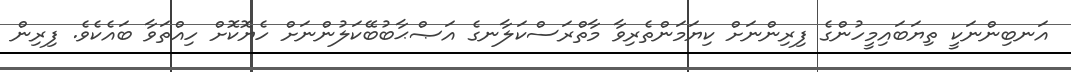
އަނބިންނަކީ ތިޔަބައިމީހުންގެ ފިރިންނަށް ކިޔަމަންތެރިވާ މާތްރަސްކަލާނގެ އަޞްޙާބުބޭކަލުންނަށް ހެޔޮކޮށް ހިއްތަވާ ބައެކެވެ. ފިރިން